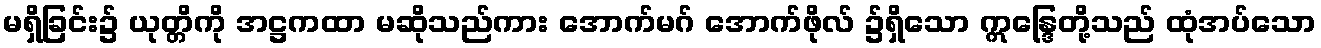
မရှိခြင်း၌ ယုတ္တိကို အဋ္ဌကထာ မဆိုသည်ကား အောက်မဂ် အောက်ဖိုလ် ၌ရှိသော ဣန္ဒြေတို့သည် ထုံအပ်သော